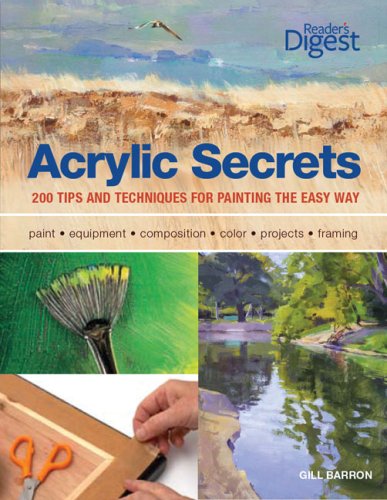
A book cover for Acrylic Secrets: 300 Tips and Techniques for Painting the Easy Way; Gill Barron; Arts & Photography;